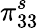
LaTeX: \pi_{33}^{s}